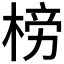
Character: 𣓲